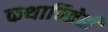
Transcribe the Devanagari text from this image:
कथाचित्रेही